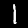
Digit: 1